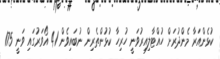
ކުޅެންއަރާ މެންދުރަށް ހުއްޓާލިއިރުވަނީ ހުރިހާ ކުޅުންތެރިން ނުބައިވެން 41 އޯވަރުގައި ވަނީ 175